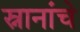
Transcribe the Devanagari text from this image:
स्नानांचे